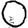
Digit: 0